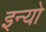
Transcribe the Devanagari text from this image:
इन्यो